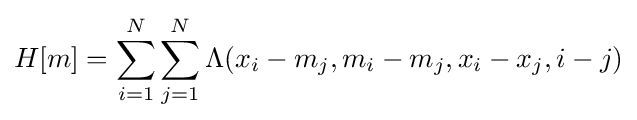
H[m]=\sum _{i=1}^{N}\sum _{j=1}^{N}\Lambda (x_{i}-m_{j},m_{i}-m_{j},x_{i}-x_{j},i-j)